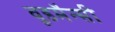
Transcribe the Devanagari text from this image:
वूडमैन्सी